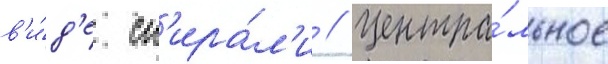
в'и́д'е сп'ира́л'и // Центра́льное